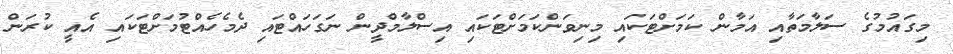
މިގައުމުގެ ސަލާމަތާއި އަމާން ކަމަށްޓަކައި މިނިވަންކަމަށްޓަކައި އިސްލާމްދީން ނަގަހައްޓައި ދެމެހެއްޓުމަށްޓަކައި އެއީ ކުރަން